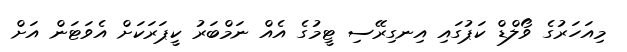
މިއަހަރުގެ ވޯލްޑް ކަޕުގައި އިނގިރޭސި ޓީމުގެ އެއް ނަމްބަރު ކީޕަރަކަށް އެވަޓަން އަށް